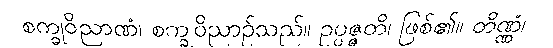
စက္ခုဝိညာဏံ၊ စက္ခုဝိညာဉ်သည်။ ဥပ္ပဇ္ဇတိ၊ ဖြစ်၏။ တိဏ္ဏံ၊